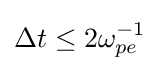
\Delta t\leq 2\omega _{pe}^{-1}